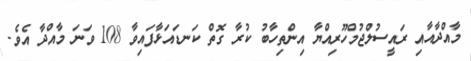
މާއްދާއާއި ރައީސުލްޖުމްހޫރިއްޔާ އިންތިހާބު ކުރާ ގޮތް ކަނޑައަޅާފައިވާ 108 ވަނަ މާއްދާ އެވެ.